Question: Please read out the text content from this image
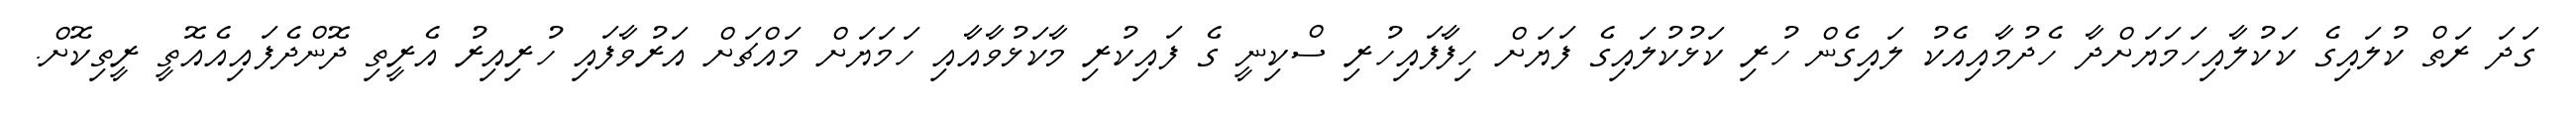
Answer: ގަދަ ރަތް ކުލައިގެ ކަކުލާއިހަމަޔަށްދާ ހެދުމާއިއެކު ލައިގެން ހުރި ކަޅުކުލައިގެ ފަޔަށް ހިފާފައިހުރި ސްކިނީ ގެ ފައިކުރި މާކަޅުވާއާއި ހަމަޔަށް މައްޗަށް އަރުވާފައި ހުރިއިރު އެރީތި ދޮންދެފައިއެއޮތީ ރީތިކޮށް.